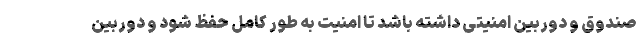
صندوق و دوربین امنیتی داشته باشد تا امنیت به طور کامل حفظ شود و دوربین